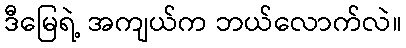
ဒီမြေရဲ့ အကျယ်က ဘယ်လောက်လဲ။